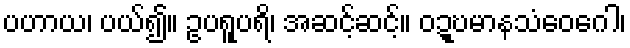
ပဟာယ၊ ပယ်၍။ ဥပရူပရိ၊ အဆင့်ဆင့်။ ဝဍ္ဎမာနသံဝေဂေါ၊